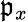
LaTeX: \mathfrak{p}_{x}